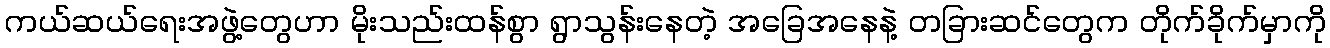
ကယ်ဆယ်ရေးအဖွဲ့တွေဟာ မိုးသည်းထန်စွာ ရွာသွန်းနေတဲ့ အခြေအနေနဲ့ တခြားဆင်တွေက တိုက်ခိုက်မှာကို